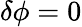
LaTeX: \delta\phi=0